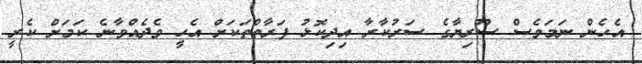
އެހެން ނަމަވެސް ސޫރިޔާގެ ސަރުކާރާ އިދިކޮޅު ފަރާތްތަކަށް އެހީ ވެދެއްވާނެ ކަމަށް ކެރީ